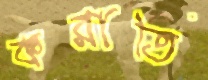
করাতি